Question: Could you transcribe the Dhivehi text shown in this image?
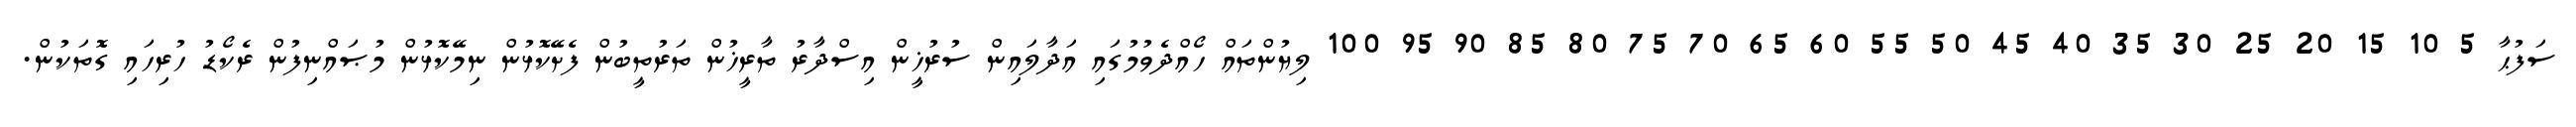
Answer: ސަފުޙާ 5 10 15 20 25 30 35 40 45 50 55 60 65 70 75 80 85 90 95 100 ލިޔުންތައް ހޯއްދެވުމުގައި އަދާލައިން ސުރުޚީން އިސްދާރު ތާރީޚުން ތަރުތީބުން ފެށޭކޮޅުން ނިމޭކޮޅުން މުޞައްނިފުން ރެކޯޑު ހުރިހައި ގޮތަކުން.